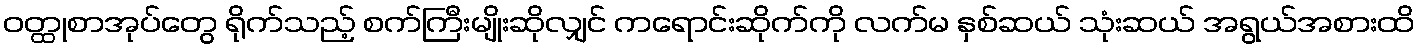
ဝတ္ထုစာအုပ်တွေ ရိုက်သည့် စက်ကြီးမျိုးဆိုလျှင် ကရောင်းဆိုက်ကို လက်မ နှစ်ဆယ် သုံးဆယ် အရွယ်အစားထိ